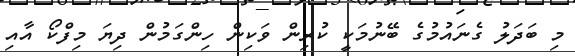
މި ބަދަލު ގެނައުމުގެ ބޭނުމަކީ ކުރިން ވަކިން ހިންގަމުން ދިޔަ މިފްކޯ އާއި